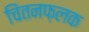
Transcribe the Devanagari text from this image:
चिंतनफ़लक